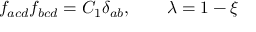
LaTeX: f _ { a c d } f _ { b c d } = C _ { 1 } \delta _ { a b } , \qquad \lambda = 1 - \xi